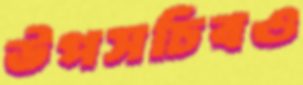
উপসচিবও